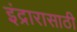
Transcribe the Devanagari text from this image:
इंद्रारासाठी